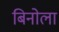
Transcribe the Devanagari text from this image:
बिनोला